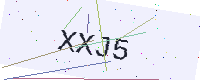
Text: XXJ5